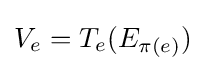
V_{e}=T_{e}(E_{\pi (e)})